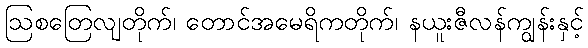
ဩစတြေလျတိုက်၊ တောင်အမေရိကတိုက်၊ နယူးဇီလန်ကျွန်းနှင့်